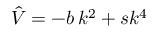
\hat { V } = - b \, k ^ { 2 } + s k ^ { 4 }